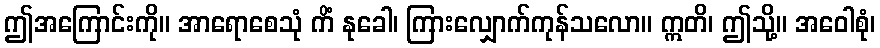
ဤအကြောင်းကို။ အာရောစေသုံ ကိံ နုခေါ၊ ကြားလျှောက်ကုန်သလော။ ဣတိ၊ ဤသို့။ အဝေါစုံ၊